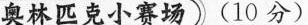
奥林匹克小赛场)(10分)